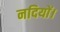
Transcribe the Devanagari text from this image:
नदियों।